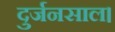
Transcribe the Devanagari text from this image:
दुर्जनसाल।